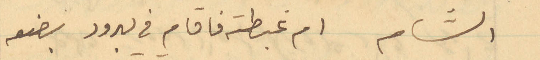
الشام ام غبطته فاقام في يبرود بضعة